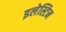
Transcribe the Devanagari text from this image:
इलेस्टिन